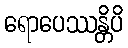
ရောပေဿန္တိပိ